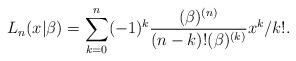
LaTeX: \begin{align*}L_{n}(x|\beta )=\sum_{k=0}^{n}(-1)^{k}\frac{(\beta )^{(n)}}{(n-k)!(\beta)^{(k)}}x^{k}/k!. \end{align*}